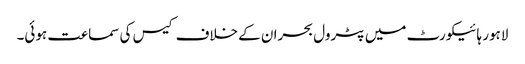
لاہور ہائیکورٹ میں پٹرول بحران کے خلاف کیس کی سماعت ہوئی۔